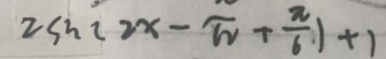
2 s h ( 2 x - \pi + \frac { \pi } { 6 } ) + 1